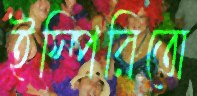
ইস্পিরিতো